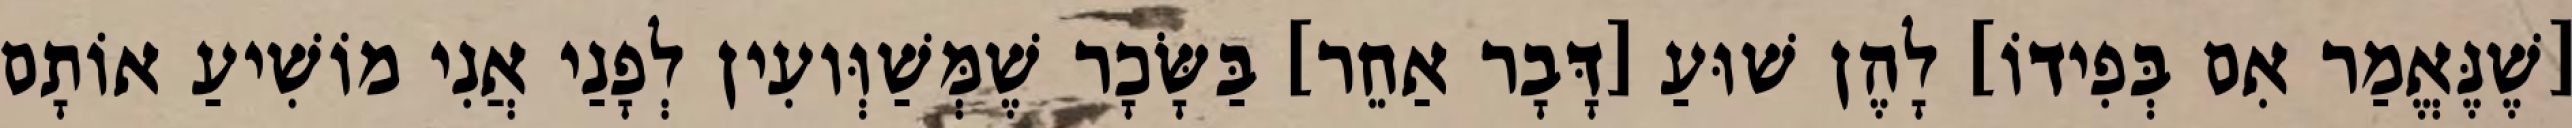
[שֶׁנֶּאֱמַר אִם בְּפִידוֹ] לָהֶן שׁוּעַ [דָּבָר אַחֵר] בַּשָּׂכָר שֶׁמְּשַׁוְּועִין לְפָנַי אֲנִי מוֹשִׁיעַ אוֹתָם